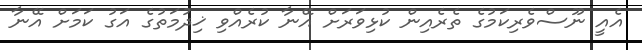
އެއީ ނޫސްވެރިކަމުގެ ތެރެއިން ކުޅިވަރަށް އޭނާ ކުރެއްވި ޚިދުމަތުގެ އަގު ކަމަށް އޭނާ